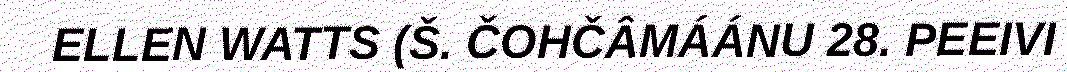
ELLEN WATTS (Š. ČOHČÂMÁÁNU 28. PEEIVI